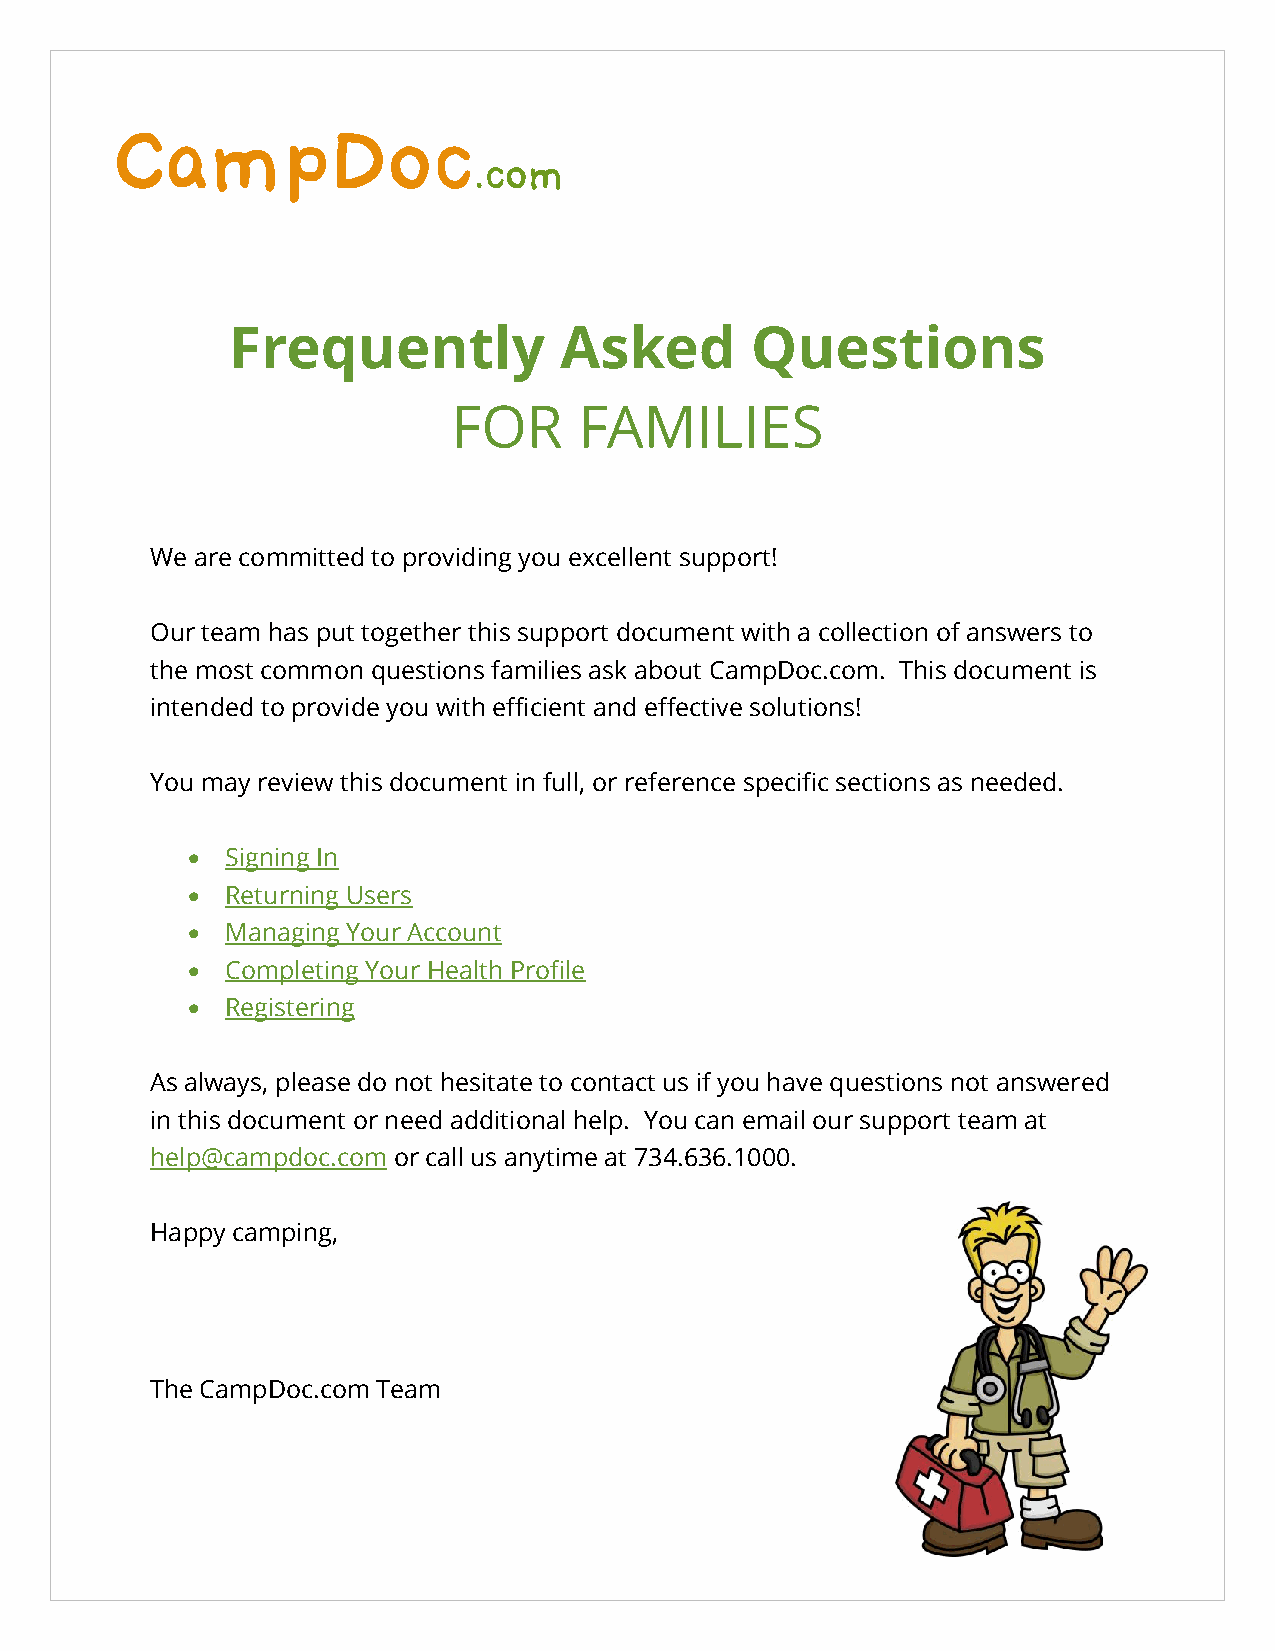
CampDoc
 .com
 Frequently            Asked        Questions
 FOR     FAMILIES
 We are committed to providing you excellent support!
 Our team has put together this support document with a collection of answers to
 the most common questions families ask about CampDoc.com. This document is
 intended to provide you with efficient and effective solutions!
 You may review this document in full, or reference specific sections as needed.
   Signing In
   Returning Users
   Managing Your Account
   Completing Your Health Profile
   Registering
 As always, please do not hesitate to contact us if you have questions not answered
 in this document or need additional help. You can email our support team at
 help@campdoc.com or call us anytime at 734.636.1000.
 Happy camping,
 The CampDoc.com Team